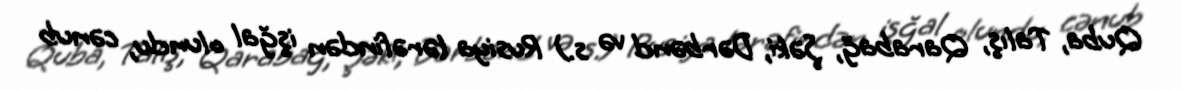
Quba, Talış, Qarabağ, Şəki, Dərbənd və s.) Rusiya tərəfindən işğal olundu, cənub